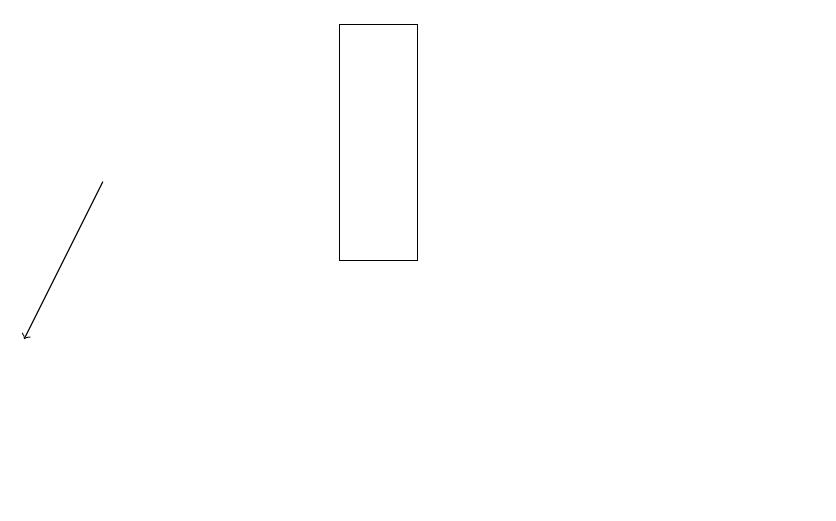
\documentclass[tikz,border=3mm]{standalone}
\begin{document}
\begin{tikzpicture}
\draw[->] (2,14) -- (1,12);
\draw (6,16) rectangle (5,13);
\draw (11,10) circle (0);
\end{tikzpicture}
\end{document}